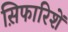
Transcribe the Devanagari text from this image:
स़िफारिशें